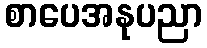
စာပေအနုပညာ